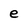
Character: e